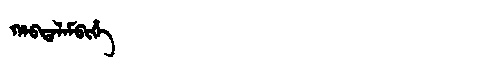
Manchu: ᡥᠠᠪᡨᠠᠯᠠᠮᠪᡳᡥᡝ
Romanization: HABTALAMBIHE